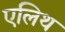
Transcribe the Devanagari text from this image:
एलिथ